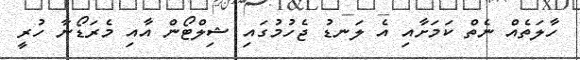
ހާލަތެއް ނެތް ކަމަށާއި އެ ލަނޑު ޖެހުމުގައި ޝިލްޓޯން އާއި މެރަޑޯނާ ހުރީ